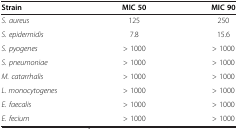
| Strain | MIC 50 | MIC 90 |
 | --- | --- | --- |
 | S. aureus | 125 | 250 |
 | S. epidermidis | 7.8 | 15.6 |
 | S. pyogenes | > 1000 | > 1000 |
 | S. pneumoniae | > 1000 | > 1000 |
 | M. catarrhalis | > 1000 | > 1000 |
 | L. monocytogenes | > 1000 | > 1000 |
 | E. faecalis | > 1000 | > 1000 |
 | E. fecium | > 1000 | > 1000 |